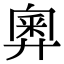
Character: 𢍢